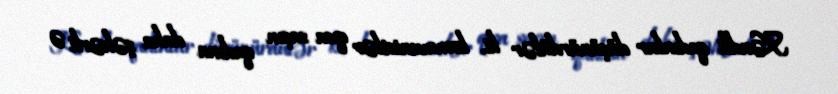
Kəndli qadınlar düşünürdülər ki, kommunistlər qısa saçın qadına daha şəhərli ə